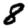
Digit: 8